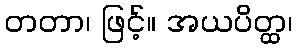
တတာ၊ ဖြင့်။ အယပိတ္ထ၊